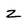
Character: z